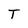
Character: T